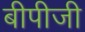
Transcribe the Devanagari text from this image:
बीपीजी